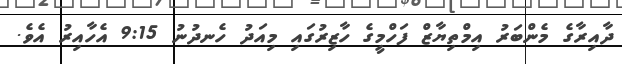
ދާއިރާގެ މެންބަރު އިމްތިޔާޒް ފަހްމީގެ ހާޒިރުގައި މިއަދު ހެނދުނު 9:15 އެހާއިރު އެވެ.